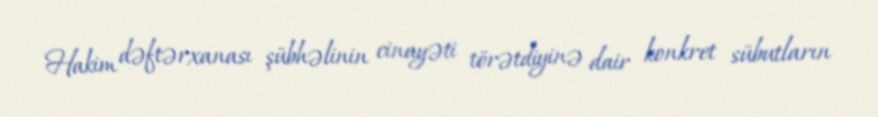
Hakim dəftərxanası şübhəlinin cinayəti törətdiyinə dair konkret sübutların